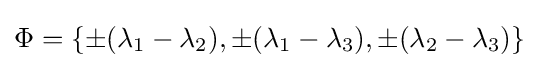
\Phi =\{\pm (\lambda _{1}-\lambda _{2}),\pm (\lambda _{1}-\lambda _{3}),\pm (\lambda _{2}-\lambda _{3})\}